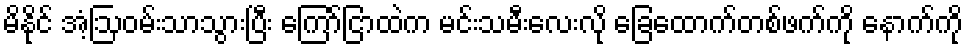
မိနိုင် အံ့ဩဝမ်းသာသွားပြီး ကြော်ငြာထဲက မင်းသမီးလေးလို ခြေထောက်တစ်ဖက်ကို နောက်ကို